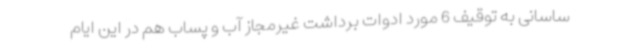
ساسانی به توقیف 6 مورد ادوات برداشت غیرمجاز آب و پساب هم در این ایام